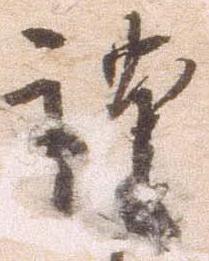
謹